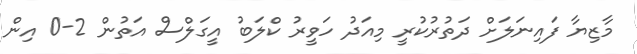
މާޒިޔާ ފައިނަލަށް ދަތުރުކުރީ މިއަދު ހަވީރު ކްލަބު އީގަލްސް އަތުން 2-0 އިން